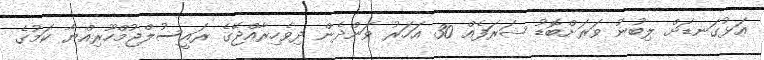
އަޅުގަނޑަށް ލިބުނު ވަރަށްބޮޑު ޝަރަފެއް 30 އަހަރު ވަންދެން ދިވެހިރާއްޖޭގެ ރައީސުލްޖުމްހޫރިއްޔާ ކަމުގެ